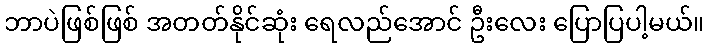
ဘာပဲဖြစ်ဖြစ် အတတ်နိုင်ဆုံး ရေလည်အောင် ဦးလေး ပြောပြပါ့မယ်။